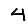
Digit: 4